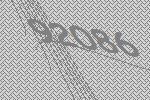
92086